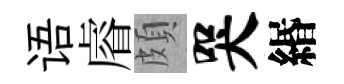
语𥈠頗哭緡